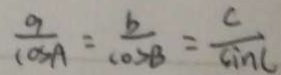
\frac { a } { \cos A } = \frac { b } { \cos B } = \frac { c } { \sin C }